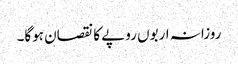
روزانہ اربوں روپے کا نقصان ہوگا۔